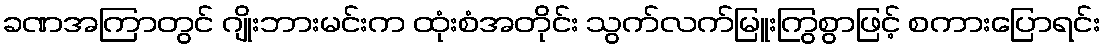
ခဏအကြာတွင် ဂျိုးဘားမင်းက ထုံးစံအတိုင်း သွက်လက်မြူးကြွစွာဖြင့် စကားပြောရင်း